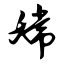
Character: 嫦